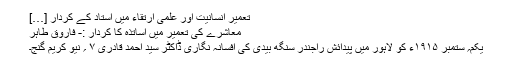
تعمیر انسانیت اور علمی ارتقاء میں استاد کے کردار […]
معاشرے کی تعمیر میں اساتذہ کا کردار :- فاروق طاہر
یکم؍ ستمبر ۱۹۱۵ء کو لاہور میں پیدائش راجندر سنگھ بیدی کی افسانہ نگاری ڈاکٹر سیّد احمد قادری ۷ ؍ نیو کریم گنج۔